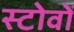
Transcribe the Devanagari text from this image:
स्टोवों